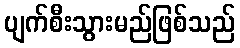
ပျက်စီးသွားမည်ဖြစ်သည်